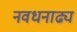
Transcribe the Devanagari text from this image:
नवधनाढ्य